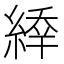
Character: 𦂜